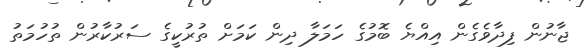
ޖާނުން ފިދާވެގެން އިއްޔެ ބޮމުގެ ހަމަލާ ދިން ކަމަށް ތުރުކީގެ ސަރުކާރުން ތުހުމަތު